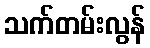
သက်တမ်းလွန်